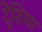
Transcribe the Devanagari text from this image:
ट्रेशिया